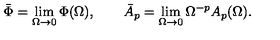
\bar { \Phi } = \lim _ { \Omega \to 0 } \Phi ( \Omega ) , \qquad \bar { A } _ { p } = \lim _ { \Omega \to 0 } \Omega ^ { - p } A _ { p } ( \Omega ) .